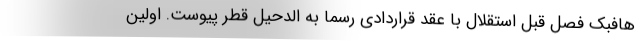
هافبک فصل قبل استقلال با عقد قراردادی رسما به الدحیل قطر پیوست. اولین